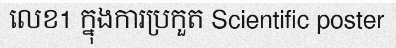
លេខ1 ក្នុងការប្រកួត Scientific poster